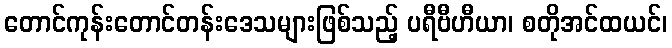
တောင်ကုန်းတောင်တန်းဒေသများဖြစ်သည့် ပရီဗီဟီယာ၊ စတိုအင်ထယင်၊